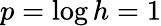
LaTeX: p=\log h=1